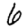
Digit: 6